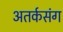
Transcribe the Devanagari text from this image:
अतर्कसंग